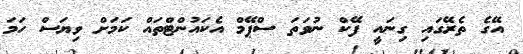
އޭގެ ތެރޭގައި ގިނައީ ފޭކް ނުވަތަ ސްޕޭމް އެކައުންޓްތައް ކަމަށް ވިޔަސް ހަމަ